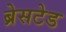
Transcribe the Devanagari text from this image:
ब्रेसटेड